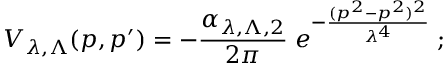
V _ { \lambda , \Lambda } ( p , p ^ { \prime } ) = - \frac { \alpha _ { \lambda , \Lambda , 2 } } { 2 \pi } \; e ^ { - \frac { ( p ^ { 2 } - p ^ { 2 } ) ^ { 2 } } { \lambda ^ { 4 } } } \; ;